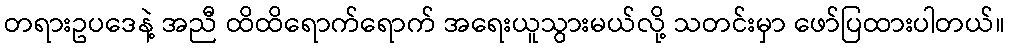
တရားဥပဒေနဲ့ အညီ ထိထိရောက်ရောက် အရေးယူသွားမယ်လို့ သတင်းမှာ ဖော်ပြထားပါတယ်။